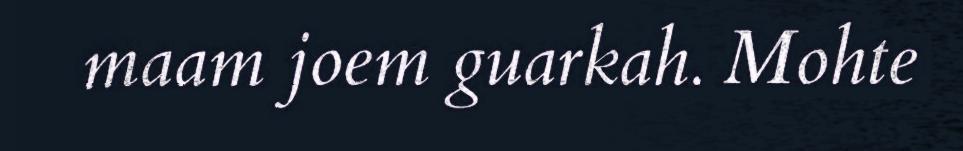
maam joem guarkah. Mohte